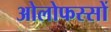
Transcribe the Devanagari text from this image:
ओलोफस्सों